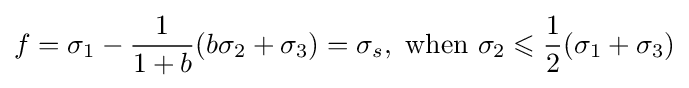
f={\sigma _{1}}-{\frac {1}{1+b}}(b{\sigma _{2}}+{\sigma _{3}})={\sigma _{s}},{\text{ when }}{\sigma _{2}}\leqslant {\frac {1}{2}}({\sigma _{1}}+{\sigma _{3}})